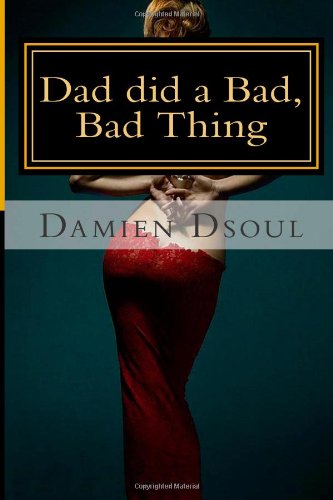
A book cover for Dad Did a Bad, Bad Thing; Damien Dsoul; Romance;